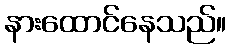
နားထောင်နေသည်။